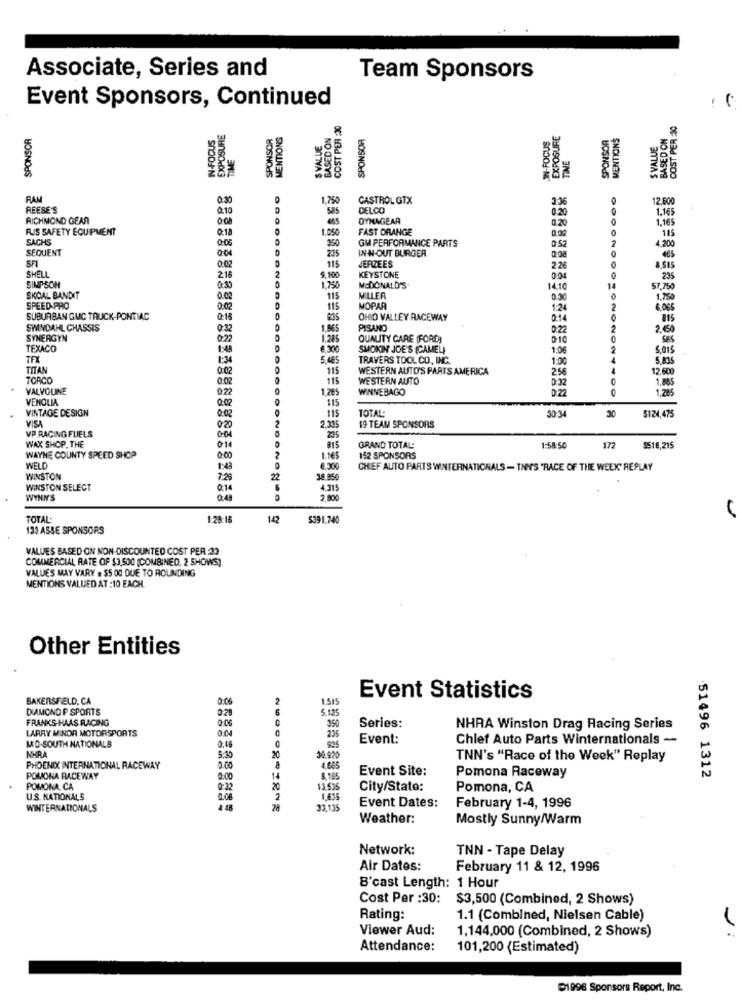
Associate, Series and
Team Sponsors
Event Sponsors, Continued
COST PER :30
COST PER :30
SPONSOR
EXPOSURE
SPONSOR
MENTIONS
BASED ON
SPONSOR
IN-FOCUS
EXPOSURE
MENTIONS
BASED ON
IN-FOCUS
SVALUE
SPONSOR
S VALUE
TIME
RAM
0.30
1,750
CASTROL GTX
336
12.60
REESE'S
2.10
DONODOOO
585
CELCO
1.165
RICHMOND GEAR
000
DYNAGEAR
0.20
1,165
RIS SAFETY EQUIPMENT
0:18
1.050
FAST ORANGE
SACHS
350
GM PERFORMANCE PARTS
4.200
115
SEQUENT
235
IN-N-OUT BURGER
052
0.02
115
JERZEES
2
KEYSTONE
2.26
8.515
SHELL
SIMPSON
216
$.100
004
225
0:30
1,750
MCDONALD'S-
14.10
57.750
SKOAL BANDIT
0.00
115
MILLER
0.30
1,750
SPEED PRO
0:02
115
MOPAR
1.24
6.OSS
SUBURBAN GMC TRUCK-PONTIAC
0:15
835
OHIO VALLEY RACEWAY
0:14
815
SWINDAHL CHASSIS
0:32
1,865
PISANO
0:22
2.450
SYNERGYN
0:22
1 285
QUALITY CARE (FORD)
0.10
SBS
TEXACO
1:48
SMOKIN' JOE'S (CAMEL
1:06
5,015
TEX
1:34
5.485
TRAVERS TOOL CO, INC.
1:00
5.835
TITAN
0:02
115
WESTERN AUTO'S PARTS AMERICA
256
12,600
TORCD
0.02
115
WESTERN AUTO
D:32
1,865
VALVOLINE
0.22
1.285
WINNEBAGO
0:22
0
1,285
VENOLIA
0.02
115
VINTAGE DESIGN
115
TOTAL:
30 34
VISA
0.02
30
5124,475
VP RACING FUELS
020
2,305
19 TEAM SPONSORS
WAX SHOP. THE
0:04
235
014
GRAND TOTAL:
1:58:50
172
9518,215
WAYNE COUNTY SPEED SHOP
0.00
1.165
152 SPONSORS
WELD
1:43
6.300
CHIEF AUTO PARTS WINTERNATIONALS - TANS "RACE OF THE WEEK' REPLAY
WINSTON
7.29
22
38.950
WINSTON SELECT
0:14
4.315
WYNN'S
0.4
2.800
TOTAL:
1:28:15
142
5391.740
133 ASSE SPONSORS
VALUES BASED ON NON-DISCOUNTED COST PER 23
COMMERCIAL RATE OF $3,500 (COMBINED. 2 SHOWS)
VALUES MAY VARY . $S OC DUE TO ROUNDING
MENTIONS VALUED AT :10 EACH.
Other Entities
BAKERSFIELD, CA
0.05
1.515
Event Statistics
DIAMOND P SPORTS
5.125
FRANKS-HAAS RACING
350
LARRY MINOR MOTORSPORTS
0
Series:
NHRA Winston Drag Racing Series
Event:
Chief Auto Parts Winternationals -
MED-SOUTH NATIONALS
NHRA
5:35
20
TNN's "Race of the Week" Replay
PHOENIX INTERNATIONAL RACEWAY
0.00
4.085
Event Site:
POMONA RACEWAY
2.00
14
8.185
Pomona Raceway
51496 1312
POMONA, CA
0:32
20
13.52
City/Stato:
Pomona, CA
U.S. NATIONALS
0.06.
2
WINTERNATIONALS
4-48
33.13
Event Dates:
February 1-4, 1996
Weather:
Mostly Sunny/Warm
Network:
TNN - Tape Delay
Air Dates:
February 11 & 12, 1996
B'cast Length: 1 Hour
Cost Per :30:
$3,500 (Combined, 2 Shows)
Rating:
1.1 (Combined, Nielsen Cable)
Viewer Aud:
1,144,000 (Combined, 2 Shows)
Attendance:
101,200 (Estimated)
01996 Sponsors Report, Inc.